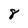
Character: 8